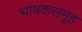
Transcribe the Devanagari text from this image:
भाषकसमूह